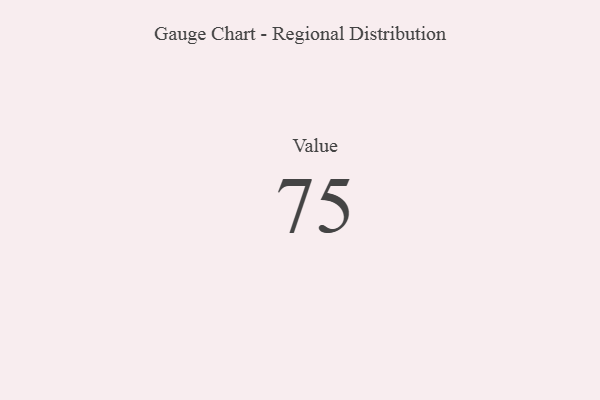
{"axis": {"x": "Metric", "y": "Value"}, "legend": [""], "data": [{"x": "Value", "y": 75, "type": ""}]}